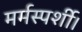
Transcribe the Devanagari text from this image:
मर्मस्पर्शी।